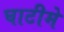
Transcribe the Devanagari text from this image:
घाटीमे